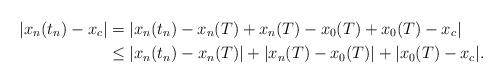
LaTeX: \begin{align*}|x_n(t_n) - x_c| &= |x_n(t_n) - x_n(T) + x_n(T) - x_0(T) + x_0(T) - x_c| \\&\leq |x_n(t_n) - x_n(T)| + |x_n(T) - x_0(T)| + |x_0(T) - x_c|.\end{align*}